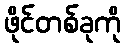
ဖိုင်တစ်ခုကို